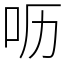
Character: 呖